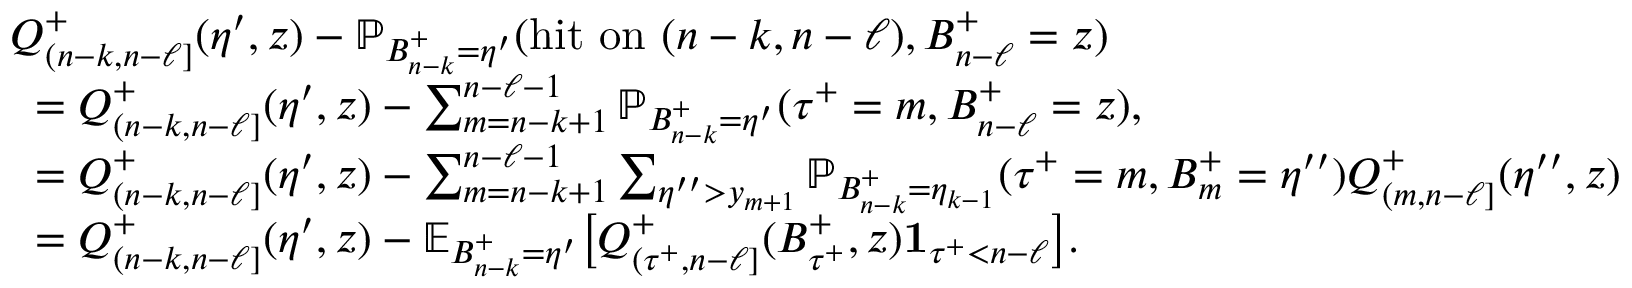
\begin{array} { r l } & { \textstyle Q _ { ( n - k , n - \ell ] } ^ { + } ( \eta ^ { \prime } , z ) - \mathbb { P } _ { B _ { n - k } ^ { + } = \eta ^ { \prime } } ( \mathrm { h i t ~ o n ~ } ( n - k , n - \ell ) , B _ { n - \ell } ^ { + } = z ) } \\ & { \; \; \textstyle = Q _ { ( n - k , n - \ell ] } ^ { + } ( \eta ^ { \prime } , z ) - \sum _ { m = n - k + 1 } ^ { n - \ell - 1 } \mathbb { P } _ { B _ { n - k } ^ { + } = \eta ^ { \prime } } ( { \tau ^ { + } } = m , B _ { n - \ell } ^ { + } = z ) , } \\ & { \; \; \textstyle = Q _ { ( n - k , n - \ell ] } ^ { + } ( \eta ^ { \prime } , z ) - \sum _ { m = n - k + 1 } ^ { n - \ell - 1 } \sum _ { \eta ^ { \prime \prime } > y _ { m + 1 } } \mathbb { P } _ { B _ { n - k } ^ { + } = \eta _ { k - 1 } } ( { \tau ^ { + } } = m , B _ { m } ^ { + } = \eta ^ { \prime \prime } ) Q _ { ( m , n - \ell ] } ^ { + } ( \eta ^ { \prime \prime } , z ) } \\ & { \; \; \textstyle = Q _ { ( n - k , n - \ell ] } ^ { + } ( \eta ^ { \prime } , z ) - \mathbb { E } _ { B _ { n - k } ^ { + } = \eta ^ { \prime } } \bigl [ Q _ { ( { \tau ^ { + } } , n - \ell ] } ^ { + } ( B _ { { \tau ^ { + } } } ^ { + } , z ) \mathbf { 1 } _ { { \tau ^ { + } } < n - \ell } \bigr ] . } \end{array}